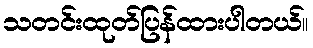
သတင်းထုတ်ပြန်ထားပါတယ်။